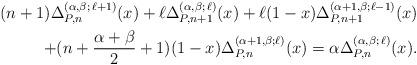
LaTeX: \begin{align*} (n+1) \Delta_{P, n}^{( \alpha, \beta; \,\ell+1)} (x) + \ell \Delta_{P, n+1}^{(\alpha, \beta; \,\ell)} (x) + \ell (1-x) \Delta_{P, n+1}^{( \alpha+1, \beta; \ell-1 )} (x) \\ + (n + \frac{\alpha + \beta}{2} + 1) (1-x) \Delta_{P, n}^{( \alpha + 1, \beta; \ell)} (x)= \alpha \Delta_{P, n}^{ (\alpha, \beta; \,\ell)} (x).\end{align*}